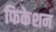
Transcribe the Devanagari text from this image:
फिकेशन